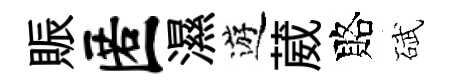
賑匿濕遊葳賂碔